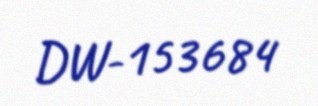
DW-153684